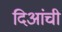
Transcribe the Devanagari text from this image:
दिआंची